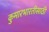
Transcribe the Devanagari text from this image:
कुमारभारतीसाठी